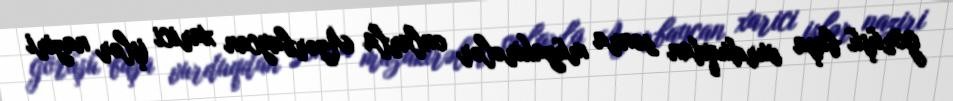
görüşü başa vurduqdan sonra müzakirələr onlarla Azərbaycan xarici işlər naziri